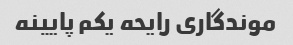
موندگاری رایحه یکم پایینه